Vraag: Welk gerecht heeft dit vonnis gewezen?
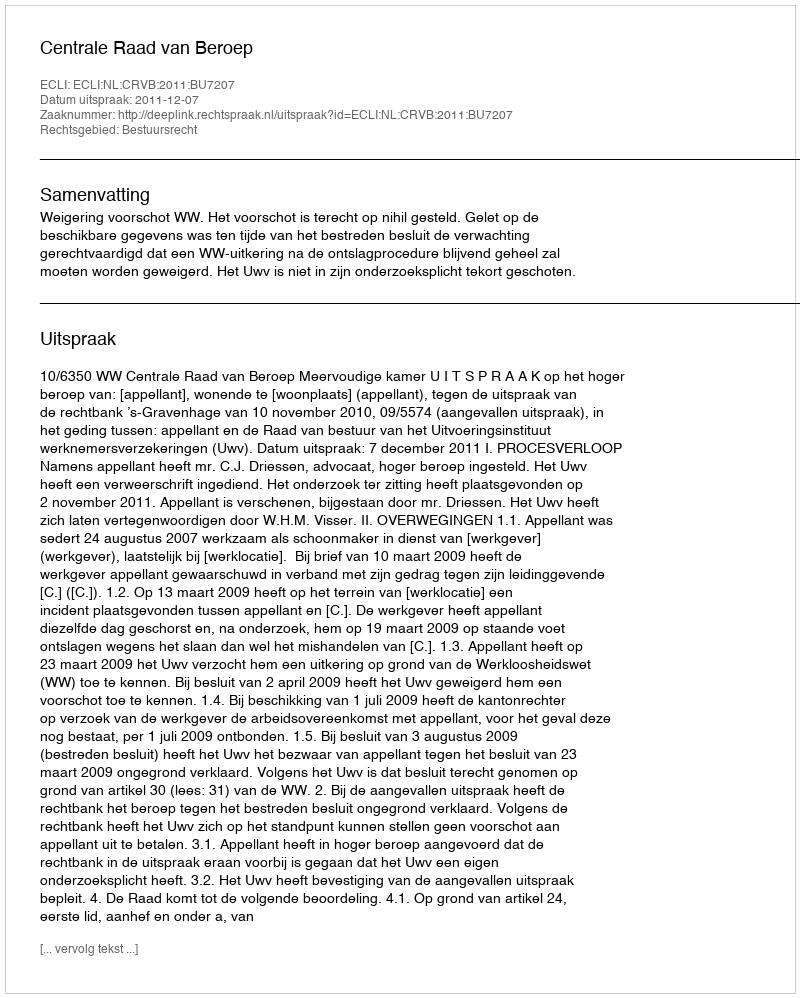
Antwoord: Centrale Raad van Beroep